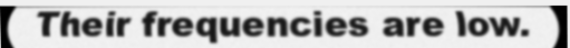
Their frequencies are low.